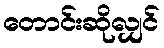
တောင်းဆိုလျှင်